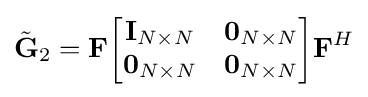
{\tilde {\mathbf {G} }}_{2}=\mathbf {F} {\begin{bmatrix}\mathbf {I} _{N\times N}&\mathbf {0} _{N\times N}\\\mathbf {0} _{N\times N}&\mathbf {0} _{N\times N}\\\end{bmatrix}}\mathbf {F} ^{H}